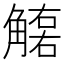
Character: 𧤮